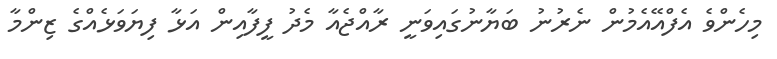
މިހެންވެ އެފްއޭއެމުން ނެރުނު ބަޔާނުގައިވަނީ ރާއްޖެއާ މެދު ފީފާއިން އަޅާ ފިޔަވަޅެއްގެ ޒިންމާ